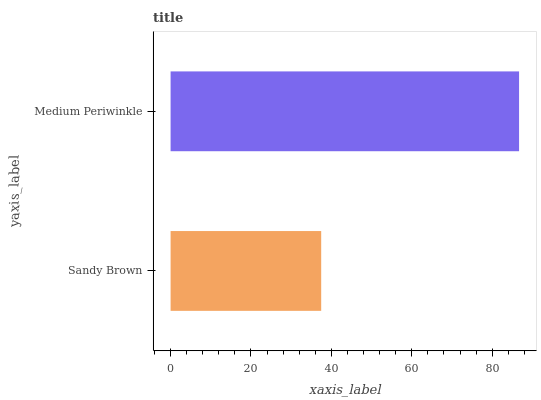
| yaxis_label | bars |
 | --- | --- |
 | Sandy Brown | 37.5 |
 | Medium Periwinkle | 86.7 |